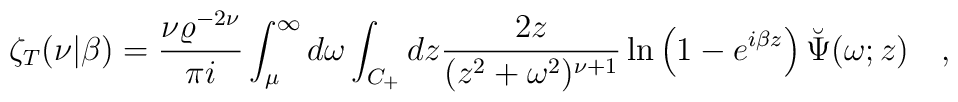
\zeta_T(\nu|\beta)={\nu \varrho^{-2\nu}\over \pi i}\int_{\mu}^{\infty} d\omega \int_{C_+} dz{2z \over (z^2+\omega^2)^{\nu+1}}\ln\left(1-e^{i\beta z}\right)\breve{\Psi}(\omega;z) ~~~,